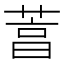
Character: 𦴒